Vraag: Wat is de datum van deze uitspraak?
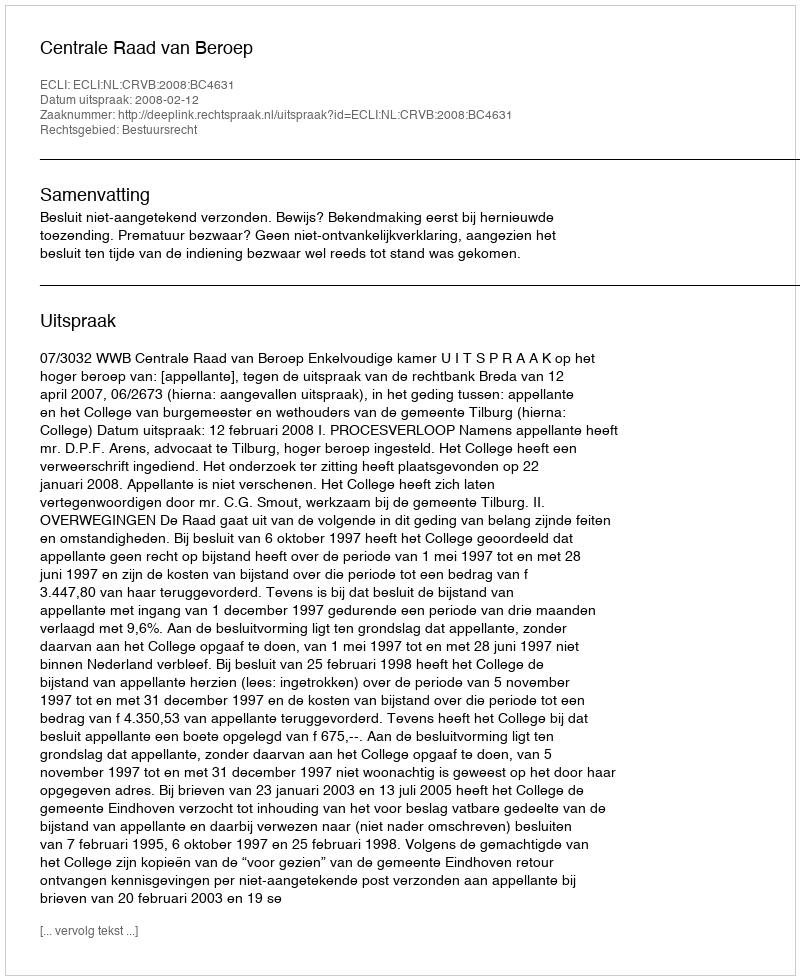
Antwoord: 2008-02-12